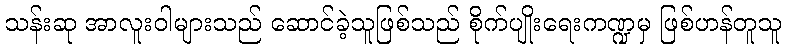
သန်းဆု အာလူးဝါများသည် ဆောင်ခဲ့သူဖြစ်သည် စိုက်ပျိုးရေးကဏ္ဍမှ ဖြစ်ဟန်တူသူ